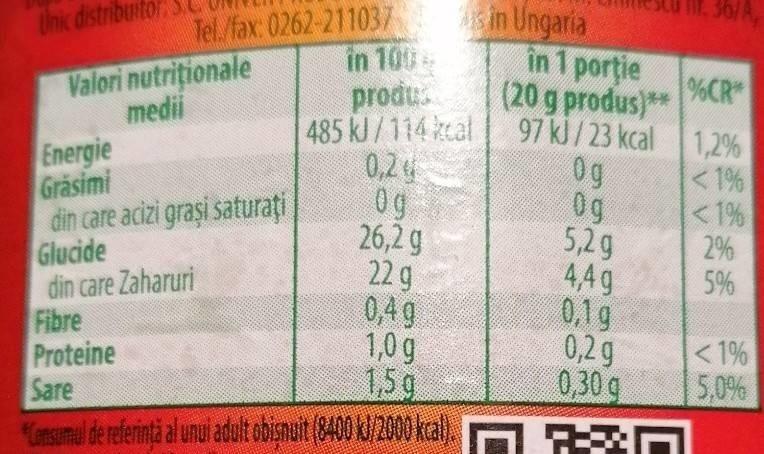
30/A
s in Ungaria
Tel/fax: 0262-211037 in 100 produ. 485 kJ/114 kcal 0,24 0g 26,2 g 22 g 0,49 1,0 g 1,50
Unic distribuitor S.C
Valori nutriționale medii
in 1 portie (20 g produs)**
%CR
97 kJ/23 kcal
1,2%
Energie Gräsimi din care acizi grași saturați Glucide din care Zaharuri Fibre Proteine Sare "onsumul de referință al unul adult obişnuit (3400 K/2000 kal). O AN
0g 0g 5,2g
<1% <1% 2%
4,4g
5%
0,1g 0,2 g 0,30g
<1% 5,0%